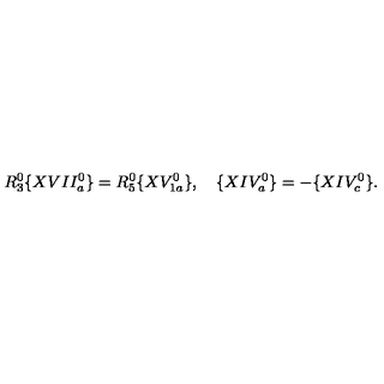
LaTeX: R _ { 3 } ^ { 0 } \{ X V I I _ { a } ^ { 0 } \} = R _ { 5 } ^ { 0 } \{ X V _ { 1 a } ^ { 0 } \} , \quad \{ X I V _ { a } ^ { 0 } \} = - \{ X I V _ { c } ^ { 0 } \} .